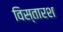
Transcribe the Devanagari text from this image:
विस्तारश